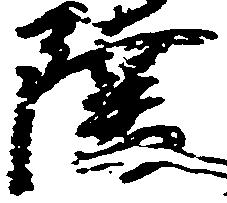
陸